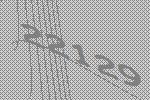
22129